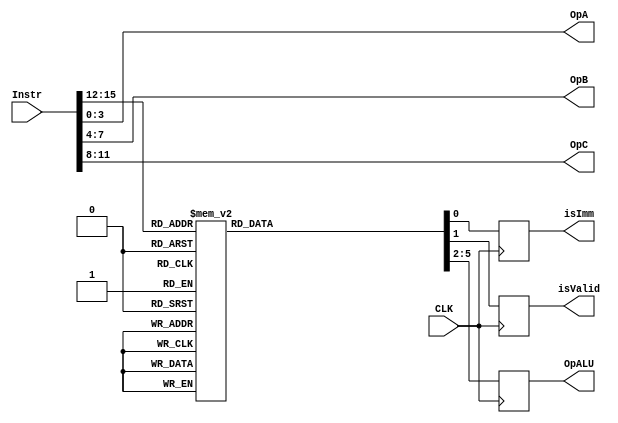
//							Iuri Silva Castro
//			Mestrando em Engenharia Eletrica - PPGEE
//			Universidade Federal de Minas Gerais - UFMG
//									2/2017

/* Decodificar de instruoes
		Recebe uma instruao de 16-bit na forma
			INSTR	DST, IMM|REGB, REGA
		e decofica para instruao da ALU e operandos
*/
module Decoder ( Instr, isImm, isValid, OpALU, OpA, OpB, OpC, CLK );
	
	input CLK;
	input [15:0] Instr;
	output [3:0] OpA, OpB, OpC;
	output reg isImm, isValid;
	output reg [3:0] OpALU;
	
	assign OpC = Instr[11:8];
	assign OpB = Instr[7:4];
	assign OpA = Instr[3:0];
	
	/* Codigo de Instruoes da maquina */
	parameter InsADD  = 4'b0000;	// ADD	$s4, $s3, $s2
	parameter InsSUB  = 4'b0001;	//	SUB	$s4, $s3, $s2
	parameter InsSLTI = 4'b0010;	//	SLTI	$s4, imm, $s2
	parameter InsAND  = 4'b0011;	//	AND 	$s4, $s3, $s2
	parameter InsOR   = 4'b0100;	//	OR 	$s4, $s3, $s2
	parameter InsXOR  = 4'b0101;	//	XOR 	$s4, $s3, $s2
	parameter InsANDI = 4'b0110;	//	ANDI 	$s4, imm, $s2
	parameter InsORI  = 4'b0111;	//	ORI 	$s4, imm, $s2
	parameter InsXORI = 4'b1000;	//	XORI 	$s4, imm, $s2
	parameter InsADDI = 4'b1001;	//	ADDI 	$s4, imm, $s2
	parameter InsSUBI = 4'b1010;	//	SUBI 	$s4, imm, $s2
	
	/* Codigo de operaoes da ALU */
	parameter ALUADD = 4'b0000;	// ADD
	parameter ALUSUB = 4'b0001;	//	SUB
	parameter ALUSLT = 4'b0010;	//	SLTI
	parameter ALUAND = 4'b0011;	//	AND
	parameter ALUOR =  4'b0100;	//	OR
	parameter ALUXOR = 4'b0101;	//	XOR
	
	always @( posedge CLK ) begin
		case (Instr[15:12])
			InsADD: begin
				isImm = 0;
				isValid = 1;
				OpALU = ALUADD;
			end
			InsSUB: begin
				isImm = 0;
				isValid = 1;
				OpALU = ALUSUB;
			end
			InsSLTI: begin
				isImm = 1;
				isValid = 1;
				OpALU = ALUSLT;
			end
			InsAND: begin
				isImm = 0;
				isValid = 1;
				OpALU = ALUAND;
			end
			InsOR: begin
				isImm = 0;
				isValid = 1;
				OpALU = ALUOR;
			end
			InsXOR: begin
				isImm = 0;
				isValid = 1;
				OpALU = ALUXOR;
			end
			InsANDI: begin
				isImm = 1;
				isValid = 1;
				OpALU = ALUAND;
			end
			InsORI: begin
				isImm = 1;
				isValid = 1;
				OpALU = ALUOR;
			end
			InsXORI: begin
				isImm = 1;
				isValid = 1;
				OpALU = ALUXOR;
			end
			InsADDI: begin
				isImm = 1;
				isValid = 1;
				OpALU = ALUADD;
			end
			InsSUBI: begin
				isImm = 1;
				isValid = 1;
				OpALU = ALUSUB;
			end
			default: begin
				isValid = 0;
				isImm = 0;
				OpALU = 4'b0000;
			end
		endcase
	end
endmodule